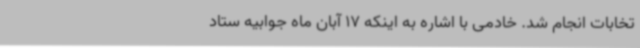
تخابات انجام شد. خادمی با اشاره به اینکه 17 آبان ماه جوابیه ستاد